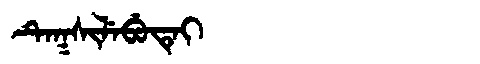
Manchu: ᡨᡝᡴᠰᡳᠯᡝᠪᡠᡨᡝᡳ
Romanization: TEKSILEBUTEI